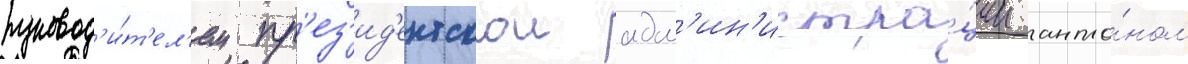
руковод'и́т'ел'ем пр'ез'ид'ентскои адм'ин'истра́ции анто́ном